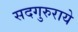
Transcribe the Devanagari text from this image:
सदगुरुराये